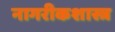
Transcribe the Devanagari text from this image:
नागरीकशास्त्र